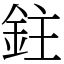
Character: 鉒